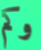
وكم